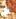
م